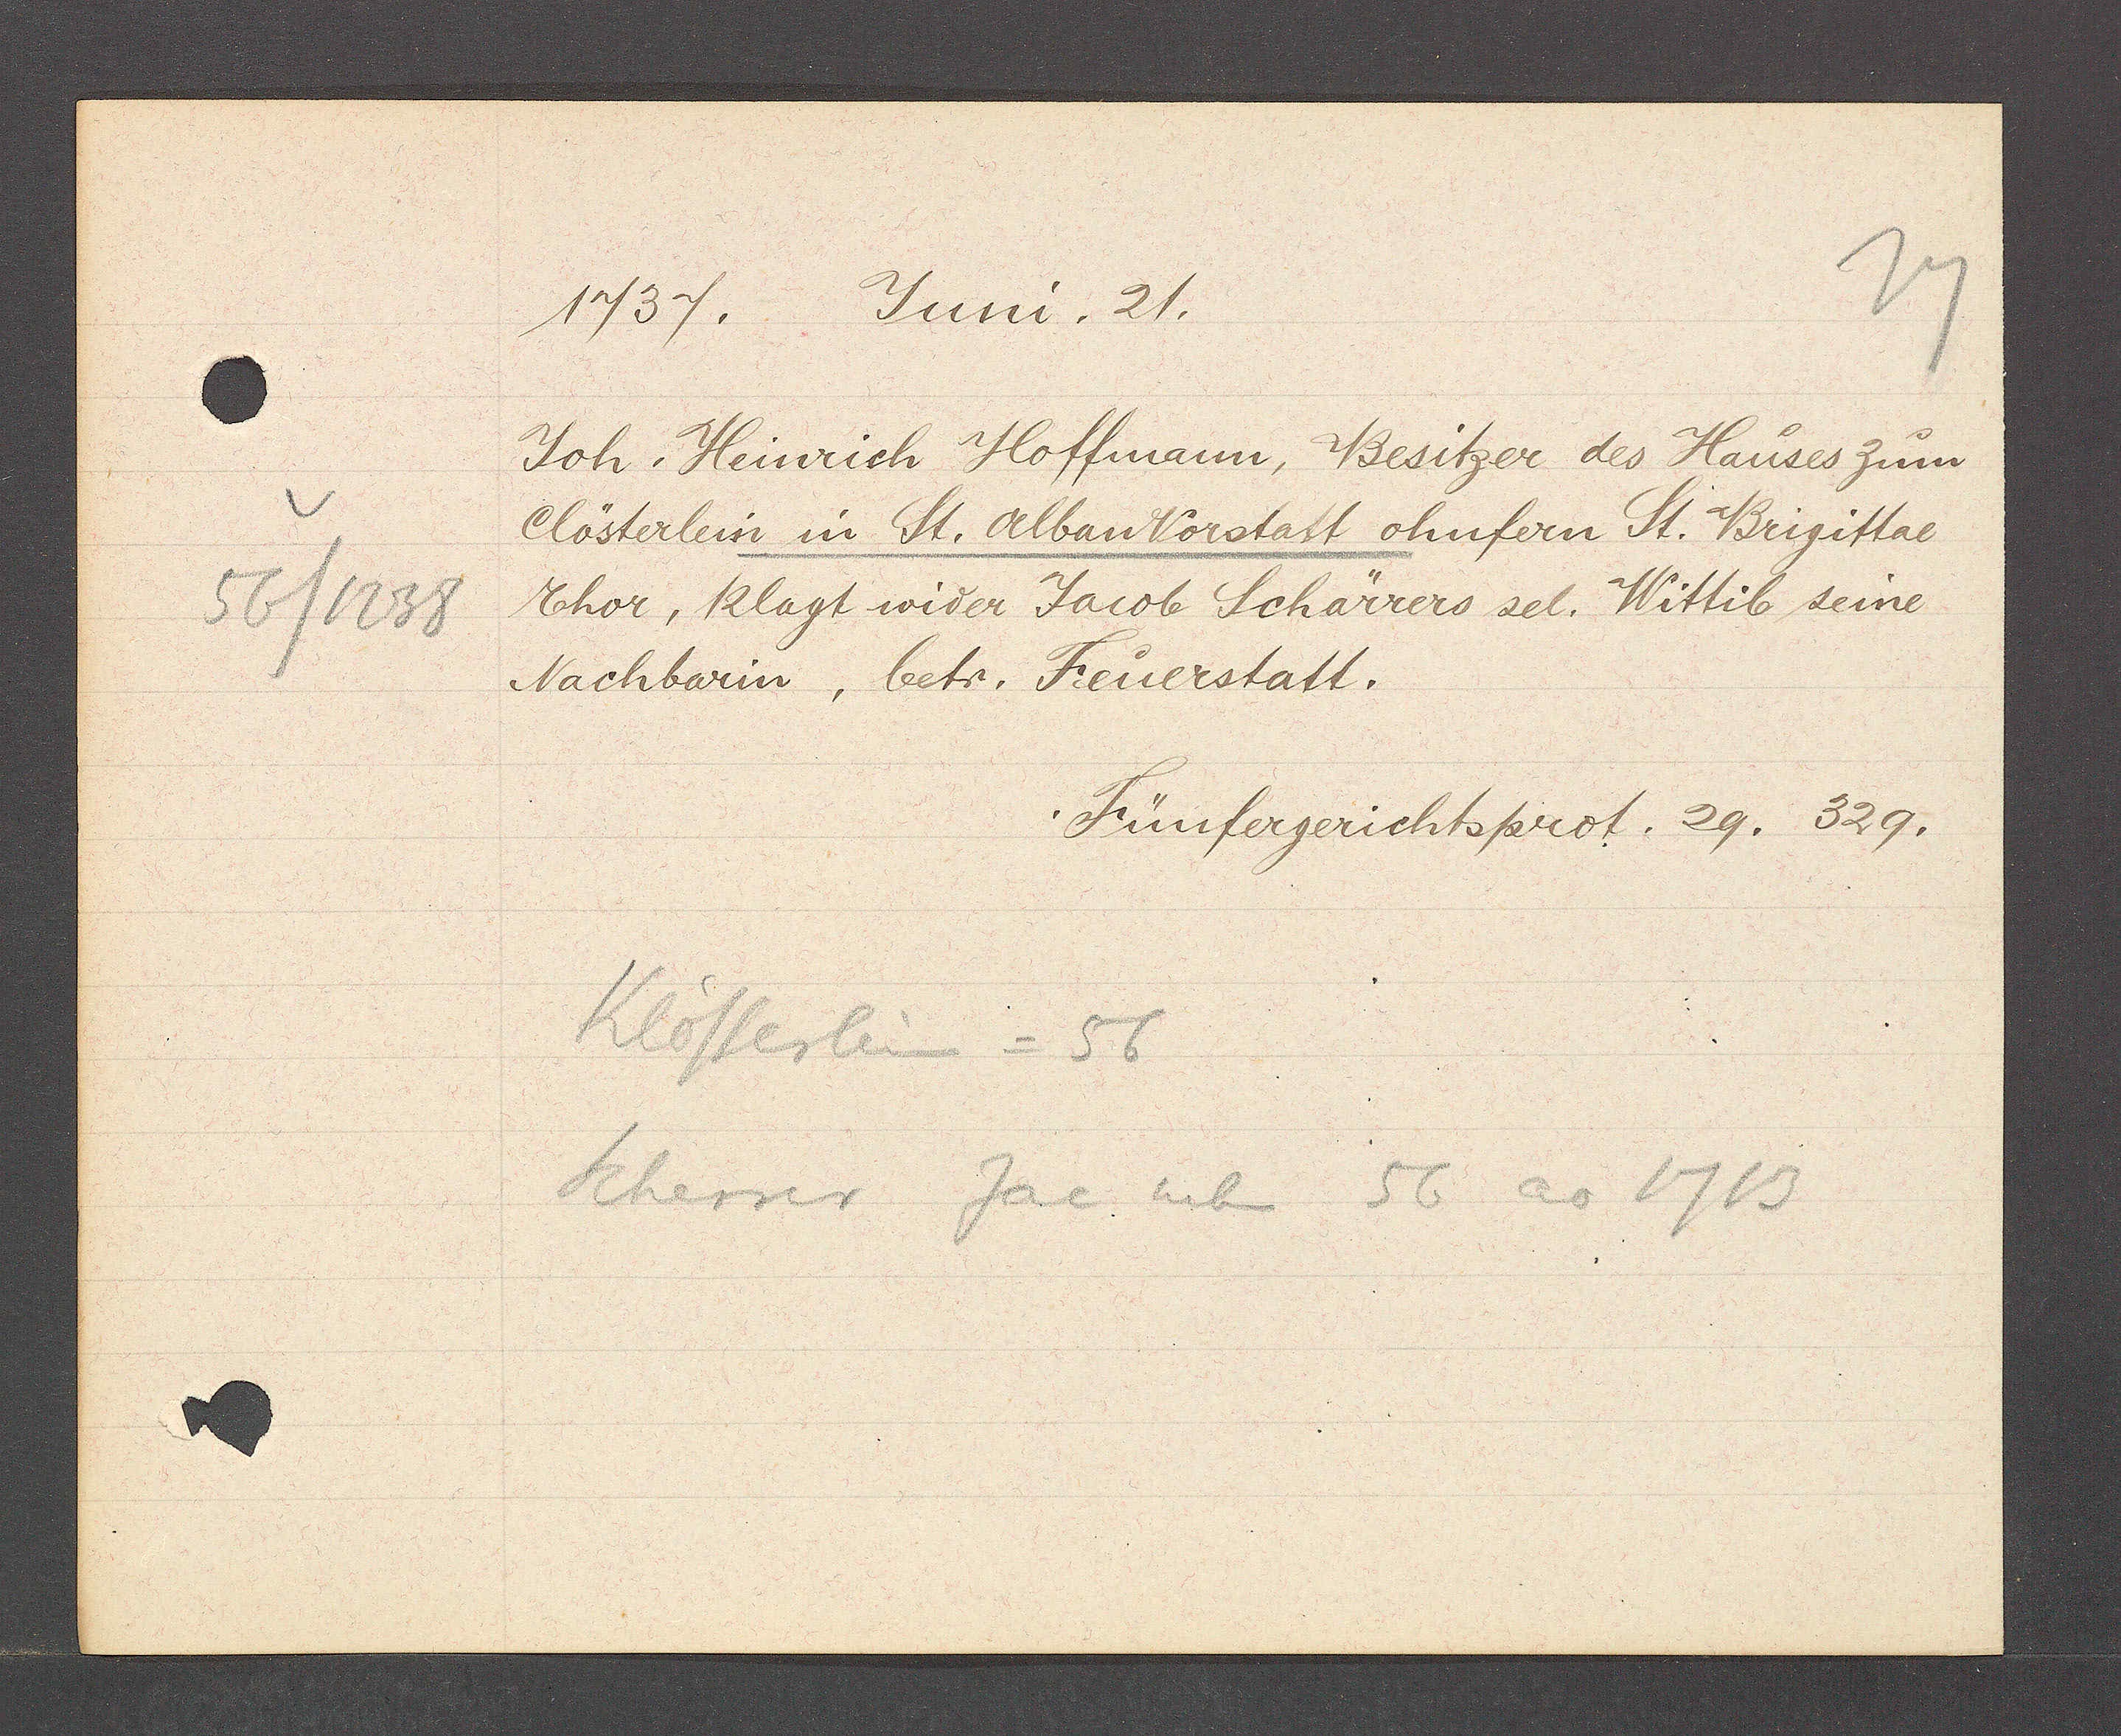
Transcript:
56/1238

Juni. 21.
1737.

Joh. Heinrich Hoffmann, Besitzer des Hauses zum
Clösterlein in St. Alban Vorstatt ohnfern St. Brigittal
Ehor, klagt wider Jacob Schärrers sel. Wittib seine
Nachbarin, betr. Feuerstatt.

Fünfergerichtsprot. 29. 329.

Klösterlein = 56
Scherrer Jac neben 56 ao 1713